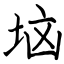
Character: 垴